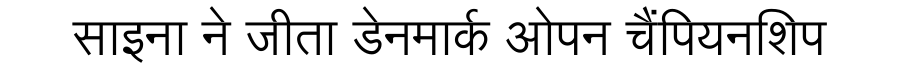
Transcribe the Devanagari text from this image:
साइना ने जीता डेनमार्क ओपन चैंपियनशिप